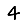
Digit: 4